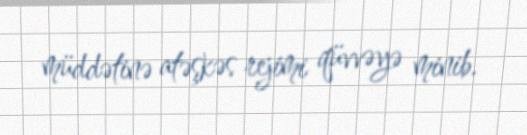
müddətinə atəşkəs rejimi qüvvəyə minib.